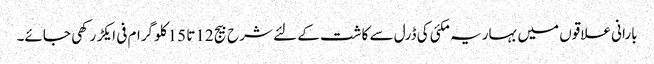
بارانی علاقوں میں بہاریہ مکئی کی ڈرل سے کاشت کے لئے شرح بیج 12تا 15کلو گرام فی ایکڑ رکھی جائے۔